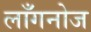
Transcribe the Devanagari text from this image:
लाँगनोज